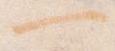
一